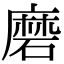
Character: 磨